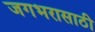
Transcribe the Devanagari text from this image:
जगभरासाठी